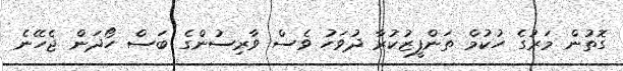
ގޮތުން މަރުގެ ހުކުމް ތަންފީޒުކުރާ ދުވަހު ވެސް ވާރިސުންގެ ބަސް ހޯދަން ޖެހޭނެ